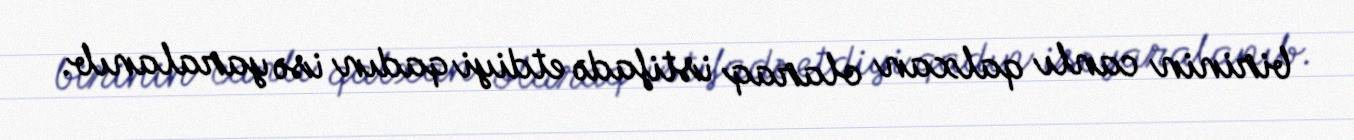
birinin canlı qalxan olaraq istifadə etdiyi qadın isə yaralanıb.